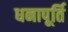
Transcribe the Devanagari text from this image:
धनापूर्ति